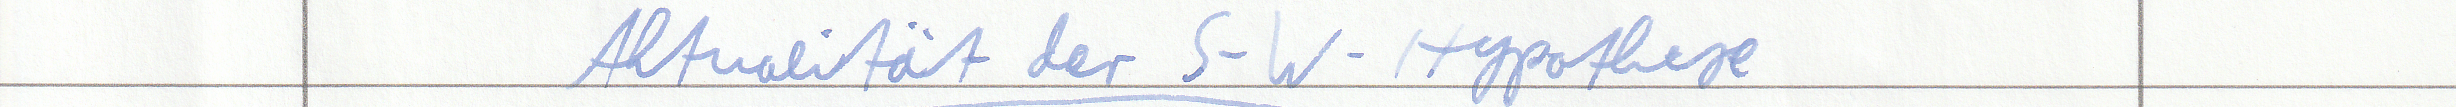
Aktualität der S-W-Hypothese